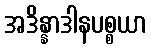
အဒိန္နာဒါနပစ္စယာ